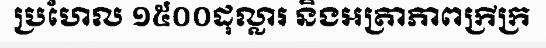
ប្រហែល ១៥០០ដុល្លារ និងអត្រាភាពក្រីក្រ